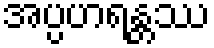
အပ္ပဟရန္တဿ